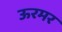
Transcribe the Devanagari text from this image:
ऊरमर